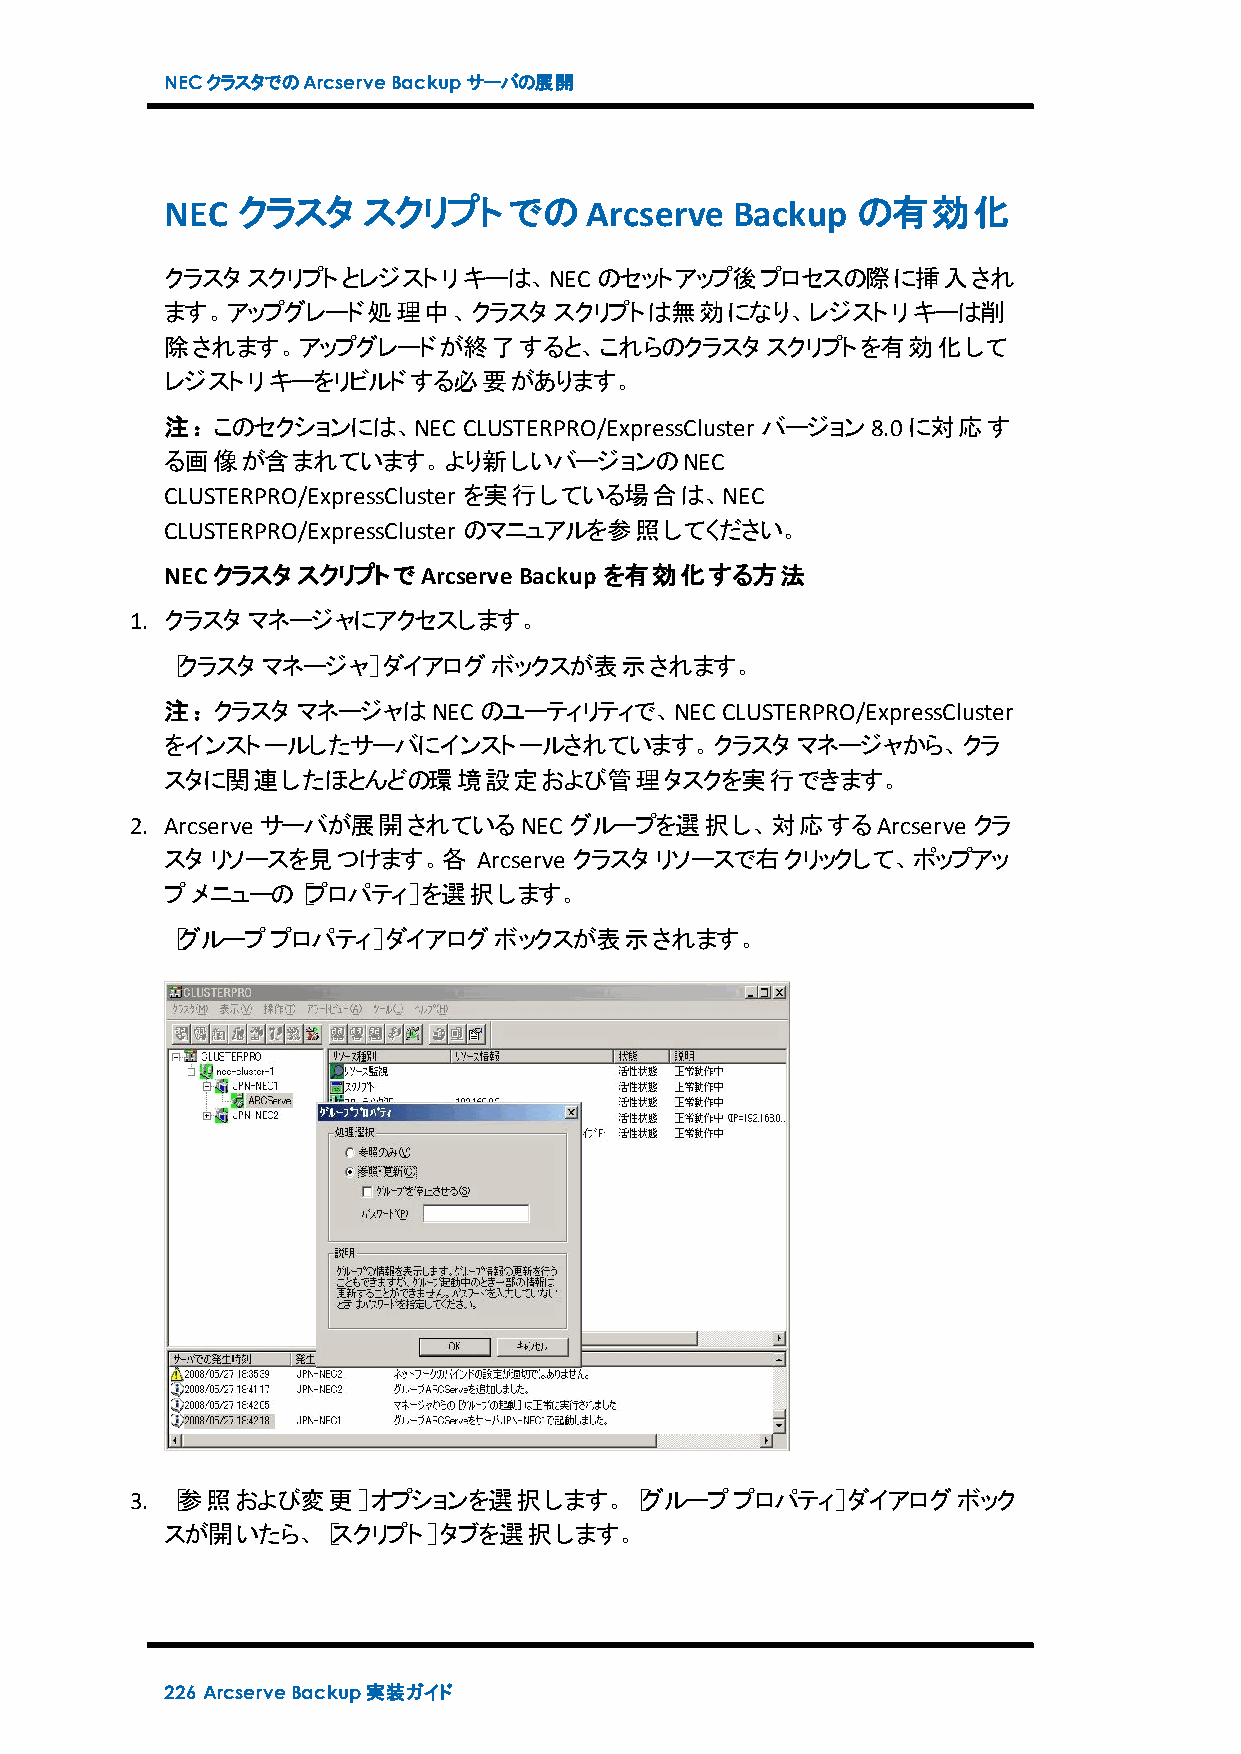
NECクラスタでのArcserveBackupサーバの展開
 NEC  クラスタ    スクリプトでのArcserve          Backup  の有効化
 クラスタスクリプトとレジストリキーは、NEC       のセットアップ後プロセスの際に挿入され
 ます。アップグレード処理中、クラスタスクリプトは無効になり、レジストリキーは削
 除されます。アップグレードが終了すると、これらのクラスタスクリプトを有効化して
 レジストリキーをリビルドする必要があります。
 注：このセクションには、NEC     CLUSTERPRO/ExpressCluster バージョン8.0に対応す
 る画像が含まれています。より新しいバージョンのNEC
 CLUSTERPRO/ExpressCluster を実行している場合は、NEC
 CLUSTERPRO/ExpressCluster のマニュアルを参照してください。
 NECクラスタスクリプトでArcserveBackup  を有効化する方法
 1. クラスタマネージャにアクセスします。
 ［クラスタマネージャ］ダイアログボックスが表示されます。
 注：クラスタマネージャはNEC      のユーティリティで、NEC   CLUSTERPRO/ExpressCluster
 をインストールしたサーバにインストールされています。クラスタマネージャから、クラ
 スタに関連したほとんどの環境設定および管理タスクを実行できます。
 2. Arcserve サーバが展開されているNEC   グループを選択し、対応するArcserve     クラ
 スタリソースを見つけます。各       Arcserve クラスタリソースで右クリックして、ポップアッ
 プメニューの［プロパティ］を選択します。
 ［グループプロパティ］ダイアログボックスが表示されます。
 3. ［参照および変更］オプションを選択します。［グループプロパティ］ダイアログボック
 スが開いたら、［スクリプト］タブを選択します。
 226 ArcserveBackup実装ガイド